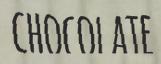
CHOCOLATE